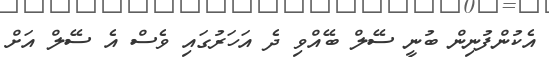
އެކުންފުނިން ބުނީ ސޭލް ބޭއްވި ދެ އަހަރުގައި ވެސް އެ ސޭލް އަށް